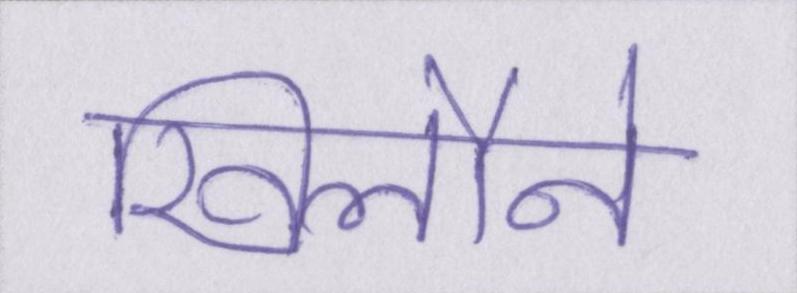
खिलौने